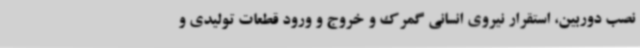
نصب دوربین، استقرار نیروی انسانی گمرک و خروج و ورود قطعات تولیدی و